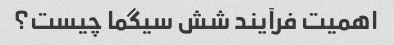
اهمیت فرآیند شش سیگما چیست؟